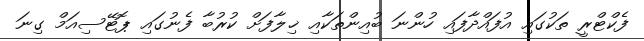
ފެކްޓްރީ ތަކުގައި އުފައްދާފައި ހުންނަ ބުއިންތަކާއި ޚިލާފަށް ކުރުބާ ފެނުގައި ޕޮޓޭސިއަމް ގިނަ